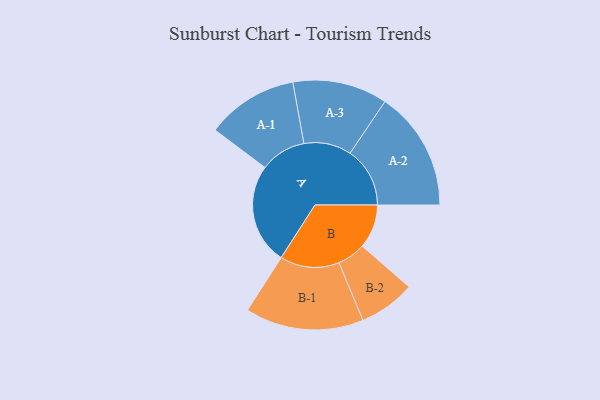
{"axis": {"x": "Segment", "y": "Value"}, "legend": ["", "A", "B"], "data": [{"x": "A", "y": 461, "type": ""}, {"x": "B", "y": 201, "type": ""}, {"x": "A-1", "y": 210, "type": "A"}, {"x": "A-2", "y": 274, "type": "A"}, {"x": "A-3", "y": 217, "type": "A"}, {"x": "B-1", "y": 271, "type": "B"}, {"x": "B-2", "y": 129, "type": "B"}]}